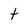
Character: t